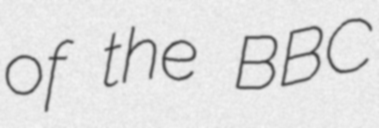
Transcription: of the BBC